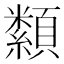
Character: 纇